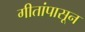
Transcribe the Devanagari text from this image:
गीतांपासून